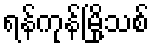
ရန်ကုန်မြို့သစ်